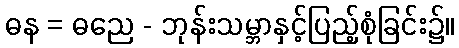
ဓန = ဓညေ - ဘုန်းသမ္ဘာနှင့်ပြည့်စုံခြင်း၌။